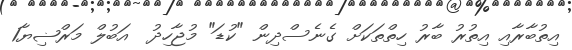
އިތުބާރާއި އިތުރު ބާރު ހިތްތަކަށް ގެނެސްދިން "ކުޑަ" މުޖާހިދު  އަބުލް މަރްޟިޔާ1